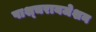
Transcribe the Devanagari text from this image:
पाश्‍चरायजेशन